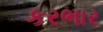
કરભાર